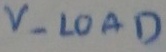
Text: V- LOAD